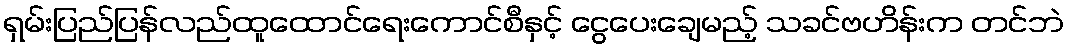
ရှမ်းပြည်ပြန်လည်ထူထောင်ရေးကောင်စီနှင့် ငွေပေးချေမည့် သခင်ဗဟိန်းက တင်ဘဲ